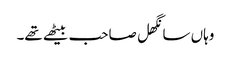
وہاں سانگھل صاحب بیٹھے تھے۔